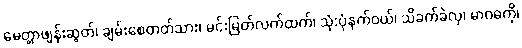
မေတ္တာဖျန်းဆွတ်၊ ချမ်းစေတတ်သား၊ မင်းမြတ်လက်ထက်၊ သုံ:ပုံနက်ဝယ်၊ သိခက်ခဲလှ၊ မာဂဓကို၊